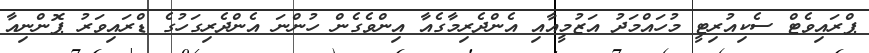
ޕްރައިވެޓް ސެކިއުރިޓީ މުހައްމަދު އަޒުމީއާއި އެންދެރިމާގެއާ އިންވެގެން ހުންނަ އެންދެރިގަހުގެ ޑްރައިވަރު ޕޮންނިއާ